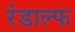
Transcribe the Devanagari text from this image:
रंडाल्फ